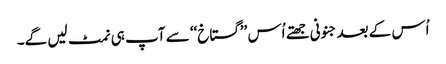
اُس کے بعد جنونی جھتے اُس ’’گستاخ‘‘ سے آپ ہی نمٹ لیں گے۔